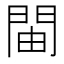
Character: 𫔞